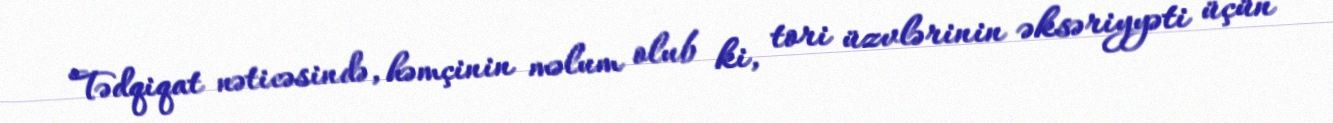
Tədqiqat nəticəsində, həmçinin məlum olub ki, tori üzvlərinin əksəriyyəti üçün